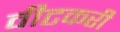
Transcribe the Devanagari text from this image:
वीटकरी